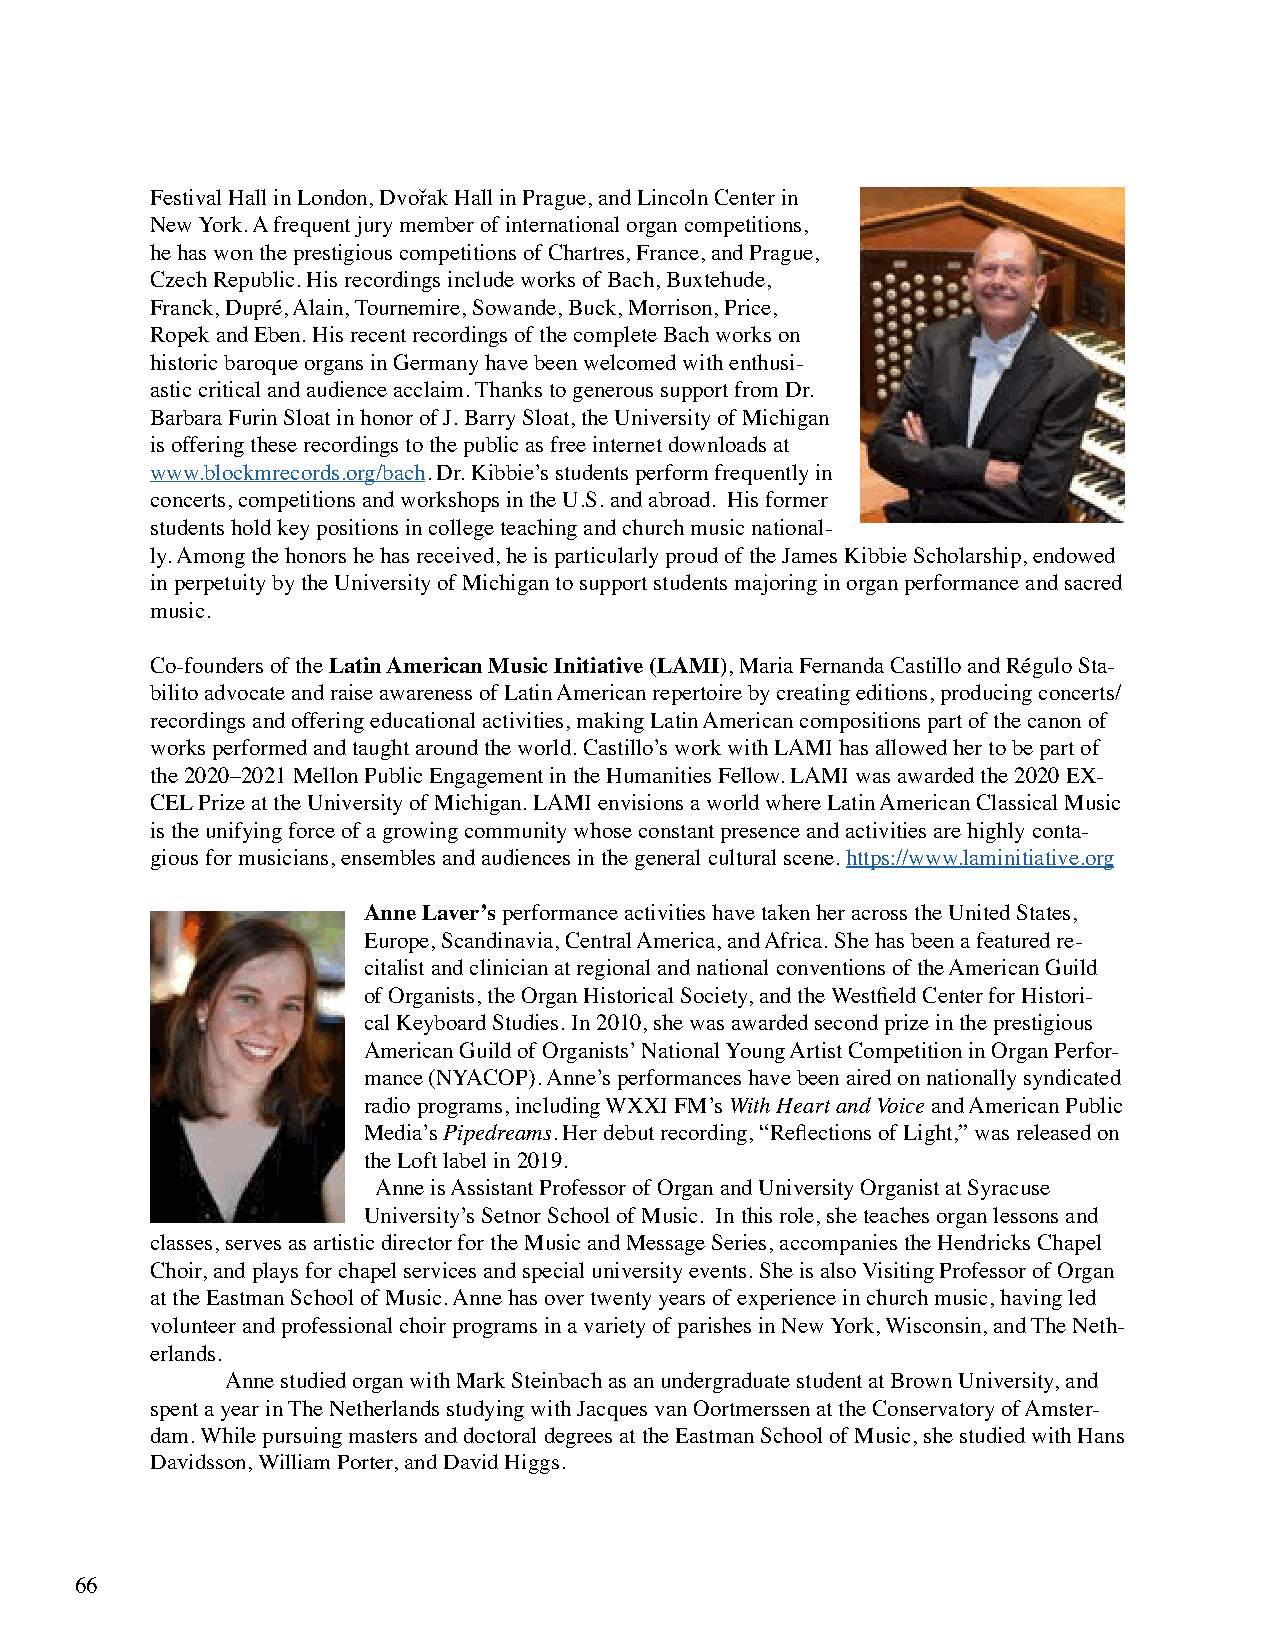
Festival Hall in London, Dvořak Hall in Prague, and Lincoln Center in
 New York. A frequent jury member of international organ competitions,
 he has won the prestigious competitions of Chartres, France, and Prague,
 Czech Republic. His recordings include works of Bach, Buxtehude,
 Franck, Dupré, Alain, Tournemire, Sowande, Buck, Morrison, Price,
 Ropek and Eben. His recent recordings of the complete Bach works on
 historic baroque organs in Germany have been welcomed with enthusi-
 astic critical and audience acclaim. Thanks to generous support from Dr.
 Barbara Furin Sloat in honor of J. Barry Sloat, the University of Michigan
 is offering these recordings to the public as free internet downloads at
 www.blockmrecords.org/bach. Dr. Kibbie’s students perform frequently in
 concerts, competitions and workshops in the U.S. and abroad. His former
 students hold key positions in college teaching and church music national-
 ly. Among the honors he has received, he is particularly proud of the James Kibbie Scholarship, endowed
 in perpetuity by the University of Michigan to support students majoring in organ performance and sacred
 music.
 Co-founders of the Latin American Music Initiative (LAMI), Maria Fernanda Castillo and Régulo Sta-
 bilito advocate and raise awareness of Latin American repertoire by creating editions, producing concerts/
 recordings and offering educational activities, making Latin American compositions part of the canon of
 works performed and taught around the world. Castillo’s work with LAMI has allowed her to be part of
 the 2020–2021 Mellon Public Engagement in the Humanities Fellow. LAMI was awarded the 2020 EX-
 CEL Prize at the University of Michigan. LAMI envisions a world where Latin American Classical Music
 is the unifying force of a growing community whose constant presence and activities are highly conta-
 gious for musicians, ensembles and audiences in the general cultural scene. https://www.laminitiative.org
 Anne Laver’s performance activities have taken her across the United States,
 Europe, Scandinavia, Central America, and Africa. She has been a featured re-
 citalist and clinician at regional and national conventions of the American Guild
 of Organists, the Organ Historical Society, and the Westfield Center for Histori-
 cal Keyboard Studies. In 2010, she was awarded second prize in the prestigious
 American Guild of Organists’ National Young Artist Competition in Organ Perfor-
 mance (NYACOP). Anne’s performances have been aired on nationally syndicated
 radio programs, including WXXI FM’s With Heart and Voice and American Public
 Media’s Pipedreams. Her debut recording, “Reflections of Light,” was released on
 the Loft label in 2019.
 Anne is Assistant Professor of Organ and University Organist at Syracuse
 University’s Setnor School of Music. In this role, she teaches organ lessons and
 classes, serves as artistic director for the Music and Message Series, accompanies the Hendricks Chapel
 Choir, and plays for chapel services and special university events. She is also Visiting Professor of Organ
 at the Eastman School of Music. Anne has over twenty years of experience in church music, having led
 volunteer and professional choir programs in a variety of parishes in New York, Wisconsin, and The Neth-
 erlands.
 Anne studied organ with Mark Steinbach as an undergraduate student at Brown University, and
 spent a year in The Netherlands studying with Jacques van Oortmerssen at the Conservatory of Amster-
 dam. While pursuing masters and doctoral degrees at the Eastman School of Music, she studied with Hans
 Davidsson, William Porter, and David Higgs.
 66